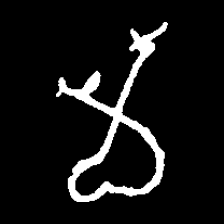
Pyu character \u2014 Myanmar letter: မ (romanized: ma)